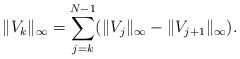
LaTeX: \begin{align*}\|V_{k}\|_\infty=\sum_{j=k}^{N-1}(\|V_{j}\|_\infty-\|V_{j+1}\|_\infty).\end{align*}